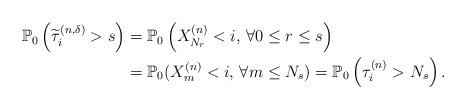
LaTeX: \begin{align*}\begin{aligned} \mathbb{P}_0\left(\widetilde{\tau}^{(n,\delta)}_i>s\right)&=\mathbb{P}_0\left(X_{N_r}^{(n)}<i,\,\forall 0\le r\le s\right)\\ &=\mathbb{P}_0(X_m^{(n)}<i,\,\forall m\le N_s)=\mathbb{P}_0\left(\tau^{(n)}_i>N_s\right).\end{aligned}\end{align*}